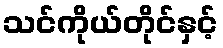
သင်ကိုယ်တိုင်နှင့်